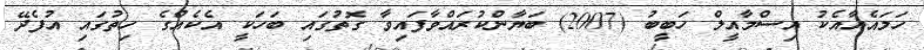
ހަމައެއާއެކު އިސްމާއީލް ހަބީބު (2007) ބަޔާންކުރައްވާފައިވާ ގޮތުގައި ބަހަކީ އެކެއްގެ ހިތުގައި އުފެދޭ